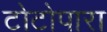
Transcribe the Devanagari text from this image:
टोटोपारा